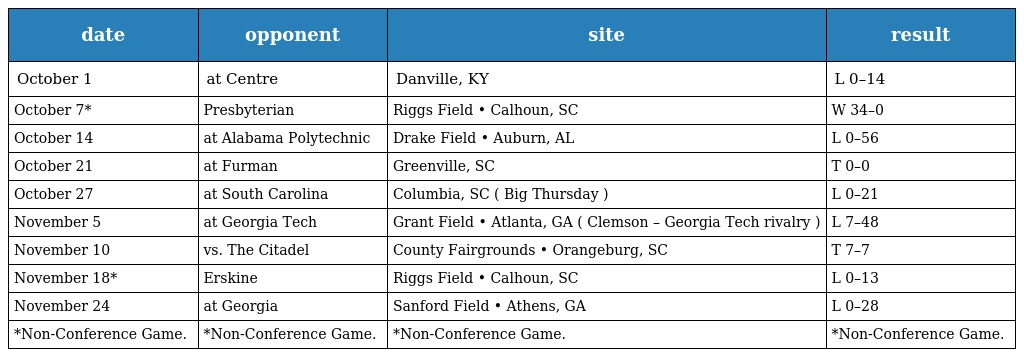
| date | opponent | site | result |
 | --- | --- | --- | --- |
 | October 1 | at Centre | Danville, KY | L 0–14 |
 | October 7* | Presbyterian | Riggs Field • Calhoun, SC | W 34–0 |
 | October 14 | at Alabama Polytechnic | Drake Field • Auburn, AL | L 0–56 |
 | October 21 | at Furman | Greenville, SC | T 0–0 |
 | October 27 | at South Carolina | Columbia, SC ( Big Thursday ) | L 0–21 |
 | November 5 | at Georgia Tech | Grant Field • Atlanta, GA ( Clemson – Georgia Tech rivalry ) | L 7–48 |
 | November 10 | vs. The Citadel | County Fairgrounds • Orangeburg, SC | T 7–7 |
 | November 18* | Erskine | Riggs Field • Calhoun, SC | L 0–13 |
 | November 24 | at Georgia | Sanford Field • Athens, GA | L 0–28 |
 | *Non-Conference Game. | *Non-Conference Game. | *Non-Conference Game. | *Non-Conference Game. |